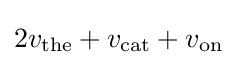
2v_{\text{the}}+v_{\text{cat}}+v_{\text{on}}